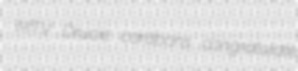
MTV Drucie cardoons congratulate